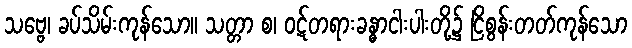
သဗ္ဗေ၊ ခပ်သိမ်းကုန်သော။ သတ္တာ စ၊ ဝဋ်တရားခန္ဓာငါးပါးတို့၌ ငြိစွန်းတတ်ကုန်သော